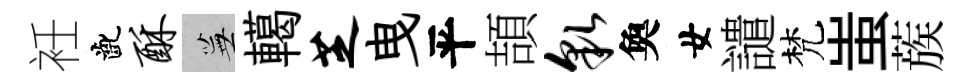
衽齔酥蕪轕芝曳平頡貌奐女譴梵蚩蔟